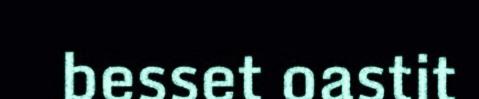
besset oastit